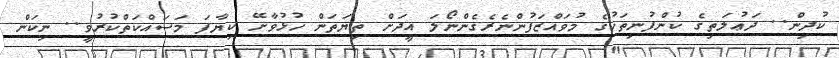
ކުދިން.. ދަޢުލަތިގެ ކުންފުނިތަކުގެ މުވައްޒަފުންނެރެގެންނޯލަ އީދަށް ތިޔަތަން ހުޅުވާށޭ ކިޔާފަ މަސައްކަތްކުރުވީ.. ނިކަން